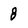
Character: 8